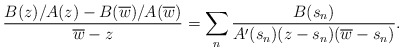
\begin{align*}\frac{B(z)/A(z)-B(\overline{w})/A(\overline{w})}{\overline{w}-z}=\sum_n\frac{B(s_n)}{A'(s_n)(z-s_n)(\overline{w}-s_n)}.\end{align*}